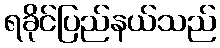
ရခိုင်ပြည်နယ်သည်